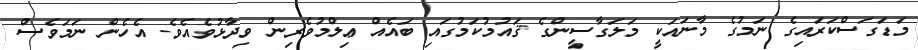
މަޑަގަސްކަރައިގެ ނަމުގެ މާނައަކީ މަލަގާސީންގެ ޤައުމުކަމުގައި ބައެއް ޢިލްމުވެރިން ވިދާޅުވެއެވެ. އެހެން ނަމަވެސް